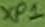
Text: XP1